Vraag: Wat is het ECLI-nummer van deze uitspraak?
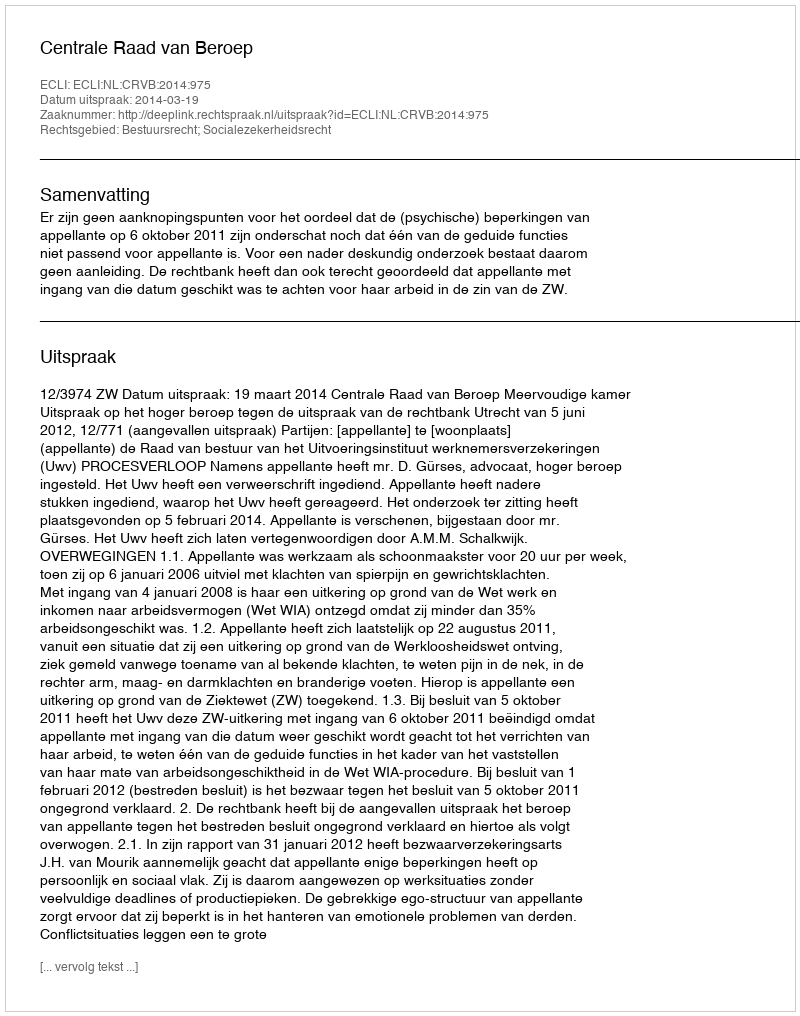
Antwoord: ECLI:NL:CRVB:2014:975